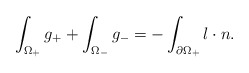
\begin{align*} \int_{\Omega_+} g_+ + \int_{\Omega_-} g_- = - \int_{\partial \Omega_+} l \cdot n. \end{align*}